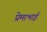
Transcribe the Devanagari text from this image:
प्रेमाभाई